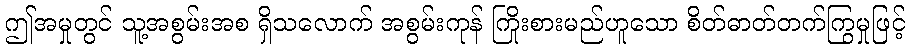
ဤအမှုတွင် သူ့အစွမ်းအစ ရှိသလောက် အစွမ်းကုန် ကြိုးစားမည်ဟူသော စိတ်ဓာတ်တက်ကြွမှုဖြင့်